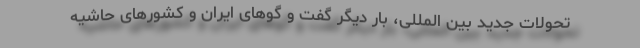
تحولات جدید بین المللی، بار دیگر گفت و گوهای ایران و کشورهای حاشیه